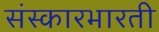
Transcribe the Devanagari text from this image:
संस्कारभारती